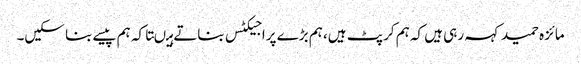
مائزہ حمید کہہ رہی ہیں کہ ہم کرپٹ ہیں، ہم بڑے پراجیکٹس بناتے ہیںتاکہ ہم پیسے بنا سکیں۔